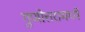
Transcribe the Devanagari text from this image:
गुणोत्तरामध्ये